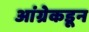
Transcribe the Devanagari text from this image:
आंग्रेकडून